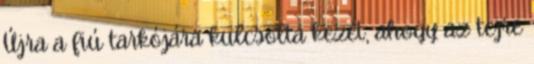
Újra a fiú tarkójára kulcsolta kezét, ahogy az tejre